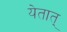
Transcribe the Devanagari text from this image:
येतात्